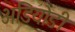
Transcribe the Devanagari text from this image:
अडियोडी